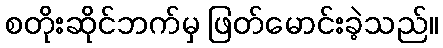
စတိုးဆိုင်ဘက်မှ ဖြတ်မောင်းခဲ့သည်။